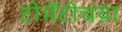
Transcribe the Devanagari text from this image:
टोमॅटोचय़ा